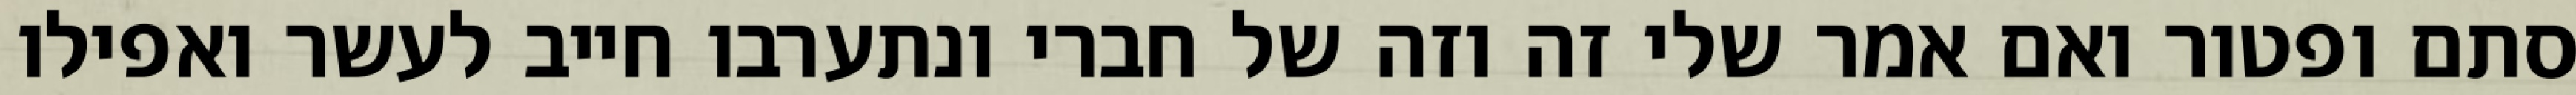
סתם ופטור ואם אמר שלי זה וזה של חברי ונתערבו חייב לעשר ואפילו